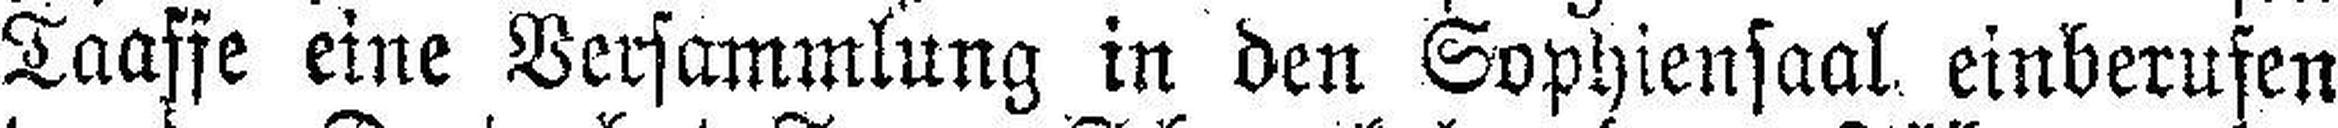
Taaffe eine Versammlung in den Sophiensaal einberufen